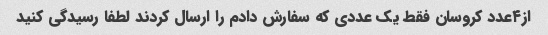
از۴عدد کروسان فقط یک عددی که سفارش دادم را ارسال کردند لطفا رسیدگی کنید